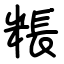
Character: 粻